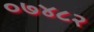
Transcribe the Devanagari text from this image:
०७४८२